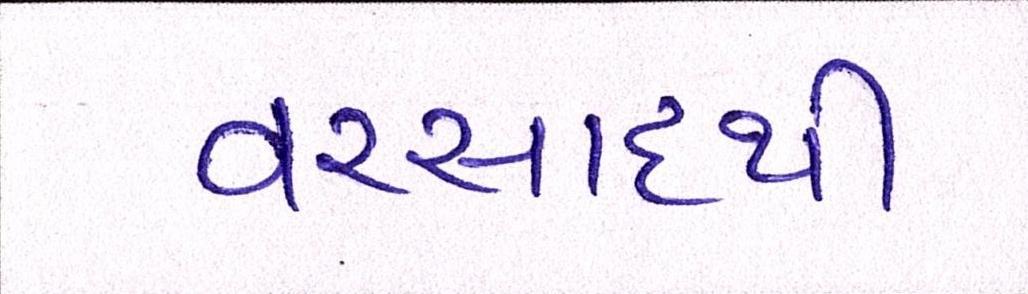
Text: વરસાદથી